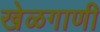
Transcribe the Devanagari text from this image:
खेळगाणी